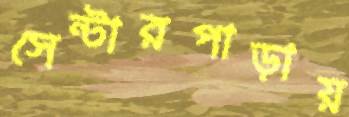
সেন্টারপাড়ায়